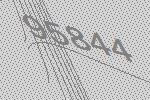
95844